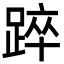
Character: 踤